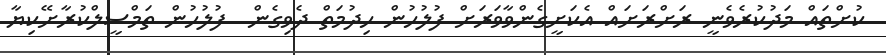
ކުށްތައް މަދުކުރެވެނީ ރަށްރަށައް އެކަށީގެންވާވަރަށް ފުލުހުން ހިދުމަތް ދެވިގެން  ފުލުހުން ތަމްސީލްކުރާށޭކިޔާ